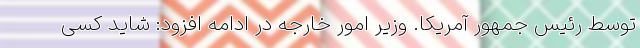
توسط رئیس جمهور آمریکا. وزیر امور خارجه در ادامه افزود: شاید کسی